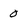
Character: 0